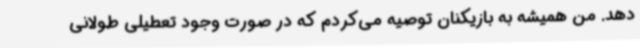
دهد. من همیشه به بازیکنان توصیه می‌کردم که در صورت وجود تعطیلی طولانی